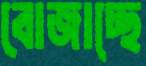
বোজাচ্ছে